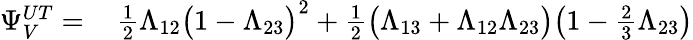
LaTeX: \begin{array}{rl}{\Psi_{V}^{UT}=\, }&{{}\frac{1}{2}\Lambda_{12}\big(1-\Lambda_{23}\big)^{2}+\frac{1}{2}\big(\Lambda_{13}+\Lambda_{12}\Lambda_{23}\big)\big(1-\frac{2}{3}\Lambda_{23}\big)}\end{array}